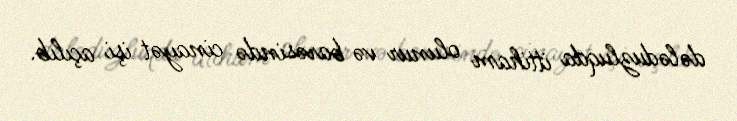
dələduzluqda ittiham olunur və barəsində cinayət işi açılıb.